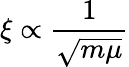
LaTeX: \xi\propto{\frac{1}{\sqrt{m\mu}}}